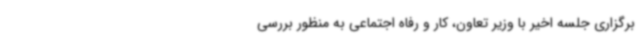
برگزاری جلسه اخیر با وزیر تعاون، کار و رفاه اجتماعی به منظور بررسی